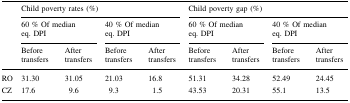
| <ROWSPAN=3>  | <COLSPAN=4> Child poverty rates (%) | <COLSPAN=4> Child poverty gap (%) |
 | <COLSPAN=2> 60 % Of median eq. DPI | <COLSPAN=2> 40 % Of median eq. DPI | <COLSPAN=2> 60 % Of median eq. DPI | <COLSPAN=2> 40 % Of median eq. DPI |
 | Before transfers | After transfers | Before transfers | After transfers | Before transfers | After transfers | Before transfers | After transfers |
 | --- | --- | --- | --- | --- | --- | --- | --- | --- |
 | RO | 31.30 | 31.05 | 21.03 | 16.8 | 51.31 | 34.28 | 52.49 | 24.45 |
 | CZ | 17.6 | 9.6 | 9.3 | 1.5 | 43.53 | 20.31 | 55.1 | 13.5 |